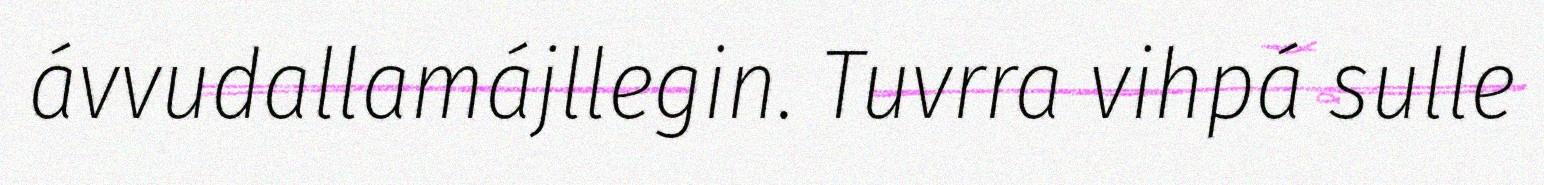
ávvudallamájllegin. Tuvrra vihpá sulle